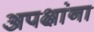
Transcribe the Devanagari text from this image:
अपक्षांना